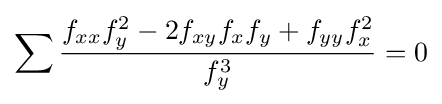
\sum {\frac {f_{xx}f_{y}^{2}-2f_{xy}f_{x}f_{y}+f_{yy}f_{x}^{2}}{f_{y}^{3}}}=0